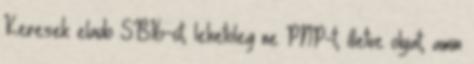
Keresek elado SB16-ot, lehetoleg ne PNP-t, illetve olyat, amin